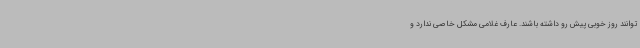
توانند روز خوبی پیش رو داشته باشند. عارف غلامی مشکل خاصی ندارد و